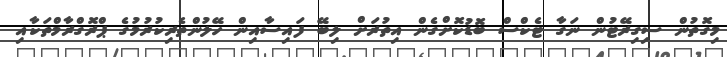
މިގޮތުން ސިގިރޭޓުން ނަގާ ޓެކްސް ބޮޑުކޮށްގެން އިތުރަށް ލިބޭ ފައިސާއިން ހޭލުންތެރިކުރުމުގެ ޕްރޮގްރާމްތަކާއި